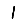
Digit: 1